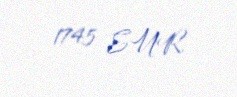
1745 EUR